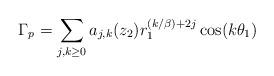
LaTeX: \begin{align*} \Gamma_p = \sum_{j, k \geq 0} a_{j, k} (z_2) r_1^{(k/\beta) + 2j} \cos (k\theta_1)\end{align*}